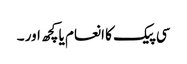
سی پیک کا انعام یا کچھ اور ۔